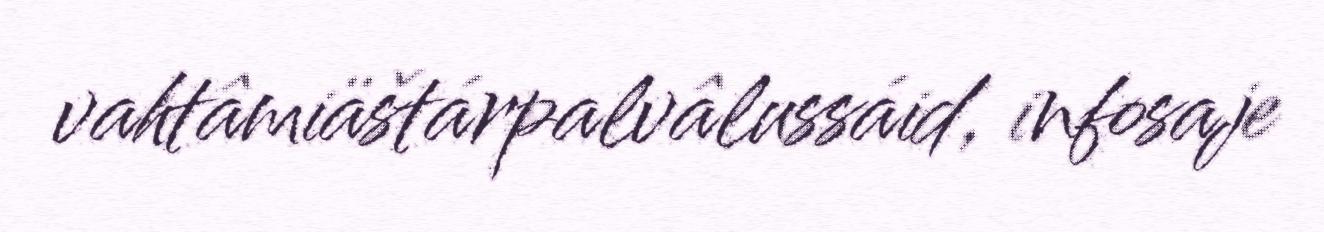
vahtâmiäštárpalvâlussáid, infosaje